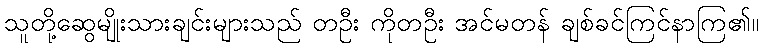
သူတို့ဆွေမျိုးသားချင်းများသည် တဦး ကိုတဦး အင်မတန် ချစ်ခင်ကြင်နာကြ၏။